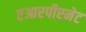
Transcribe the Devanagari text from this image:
एआरपीएनेट